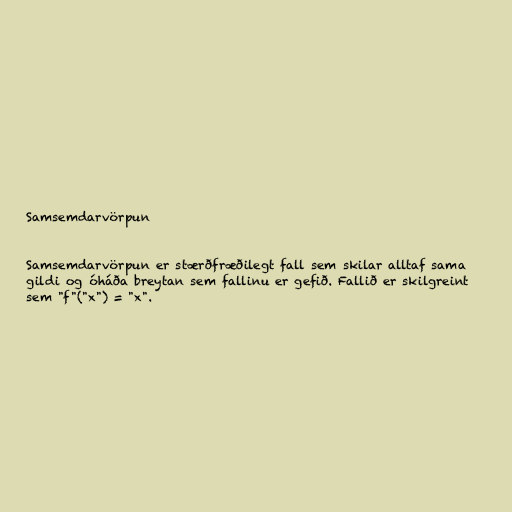
Samsemdarvörpun

Samsemdarvörpun er stærðfræðilegt fall sem skilar alltaf sama
gildi og óháða breytan sem fallinu er gefið. Fallið er skilgreint
sem "f"("x") = "x".